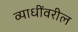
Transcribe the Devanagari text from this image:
व्याधींवरील